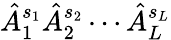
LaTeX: \hat{A}_{1}^{s_{1}}\hat{A}_{2}^{s_{2}}\dotsb\hat{A}_{L}^{s_{L}}